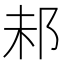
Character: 𨚘